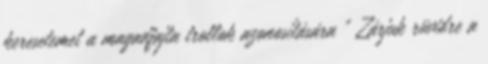
keresetemet a magadfajta trollok azonosítására " Zárjuk rüvidre a